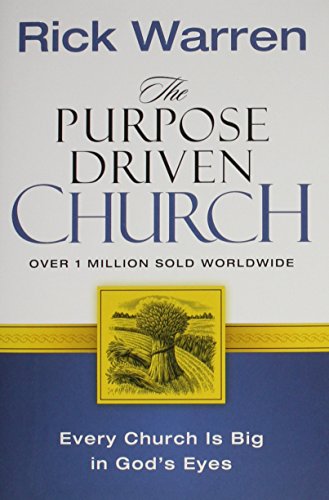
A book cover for The Purpose Driven Church: Every Church Is Big in God's Eyes; Rick Warren; Christian Books & Bibles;